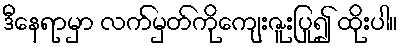
ဒီနေရာမှာ လက်မှတ်ကိုကျေးဇူးပြု၍ ထိုးပါ။